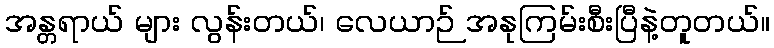
အန္တရာယ် များ လွန်းတယ်၊ လေယာဉ် အနုကြမ်းစီးပြီနဲ့တူတယ်။